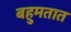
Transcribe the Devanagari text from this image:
बहुमतात